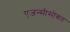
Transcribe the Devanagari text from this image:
एजन्सीसोबत